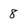
Character: 8